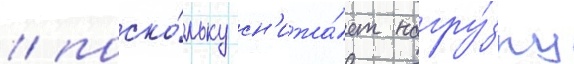
/ поско́льку сн'ижа́ет нагру́зку